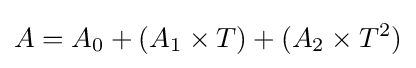
A=A_{0}+(A_{1}\times T)+(A_{2}\times T^{2})